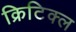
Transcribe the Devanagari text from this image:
क्रिटिक्ल